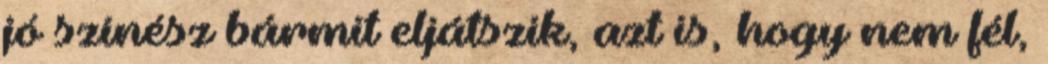
jó színész bármit eljátszik, azt is, hogy nem fél,